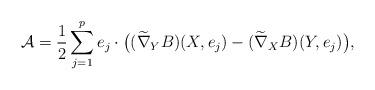
LaTeX: \begin{align*}\mathcal{A}= \frac{1}{2} \sum_{j=1}^p e_j \cdot \big( (\widetilde{\nabla}_YB)(X,e_j)-(\widetilde{\nabla}_XB)(Y,e_j) \big),\end{align*}